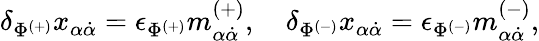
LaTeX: \delta_{\Phi^{(+)}}x_{\alpha\dot{\alpha}}=\epsilon_{\Phi^{(+)}}m_{\alpha\dot{\alpha}}^{(+)},\quad\delta_{\Phi^{(-)}}x_{\alpha\dot{\alpha}}=\epsilon_{\Phi^{(-)}}m_{\alpha\dot{\alpha}}^{(-)},